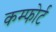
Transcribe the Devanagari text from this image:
कम्फोर्ट